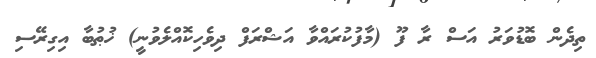
ތިދެން ބޮޑުވަރު އަސް ރާ ފޫ (މާފުކުރައްވާ އަޝްރަފް ދިވެހިކޮއްލެވުނީ) ޚުޠުބާ އިގިރޭސި